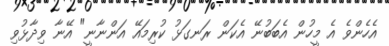
އެހެންވެ އެ މީހުން އެބަބުނޭ އެކަން ރަނގަޅު ކުރިމައޭ އަންނާނީ" އޭނާ ވިދާޅުވި